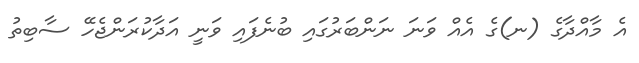
އެ މާއްދާގެ (ނ)ގެ އެއް ވަނަ ނަންބަރުގައި ބުނެފައި ވަނީ އަދާކުރަންޖެހޭ ސާބިތު